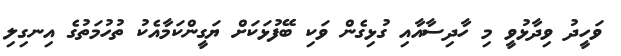
ވަހީދު ވިދާޅުވީ މި ހާދިސާއާއި ގުޅިގެން ވަކި ބޭފުޅަކަށް ޔަގީންކަމާއެެކު ތުހުމަތުގެ އިނގިލި